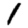
Digit: 1